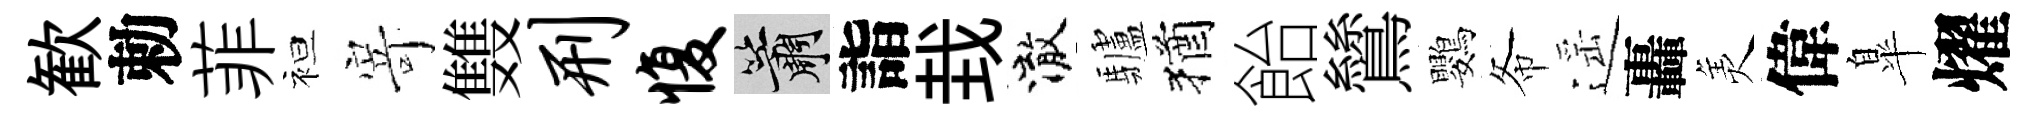
歓勅菲袒𭔃䨇刑愎簫詣㘽澈驢猶飴鷥鸚𢁙遥轟羙偉臯燿